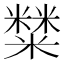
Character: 𥼬